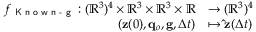
\begin{array} { r l } { f _ { \textsf { K n o w n - g } } : ( \mathbb R ^ { 3 } ) ^ { 4 } \times \mathbb { R } ^ { 3 } \times \mathbb { R } ^ { 3 } \times \mathbb R } & { \to ( \mathbb R ^ { 3 } ) ^ { 4 } } \\ { ( \mathbf { z } ( 0 ) , \mathbf { q } _ { o } , \mathbf { g } , \Delta t ) } & { \mapsto \mathbf { \hat { z } } ( \Delta t ) } \end{array}